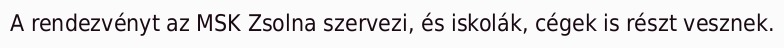
A rendezvényt az MSK Zsolna szervezi, és iskolák, cégek is részt vesznek.